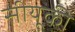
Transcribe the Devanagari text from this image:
सीयूकी